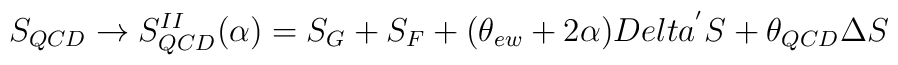
S_{QCD} \rightarrow S^{II}_{QCD}(\alpha) = S_{G} + S_{F} +(\theta_{ew} + 2\alpha) Delta^{'}S + \theta_{QCD} \Delta S